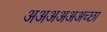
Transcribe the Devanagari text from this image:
अअअअअअच्छा